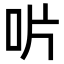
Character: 𠯯